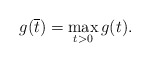
\begin{align*}g(\overline{t})=\mathop{\max}\limits_{t>0}g(t).\end{align*}